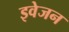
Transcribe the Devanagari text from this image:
इवेजन